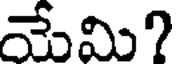
మేమి?